Rangoon Lunatic Asylum 1878-1892 - 1878-1892
Year: 1878
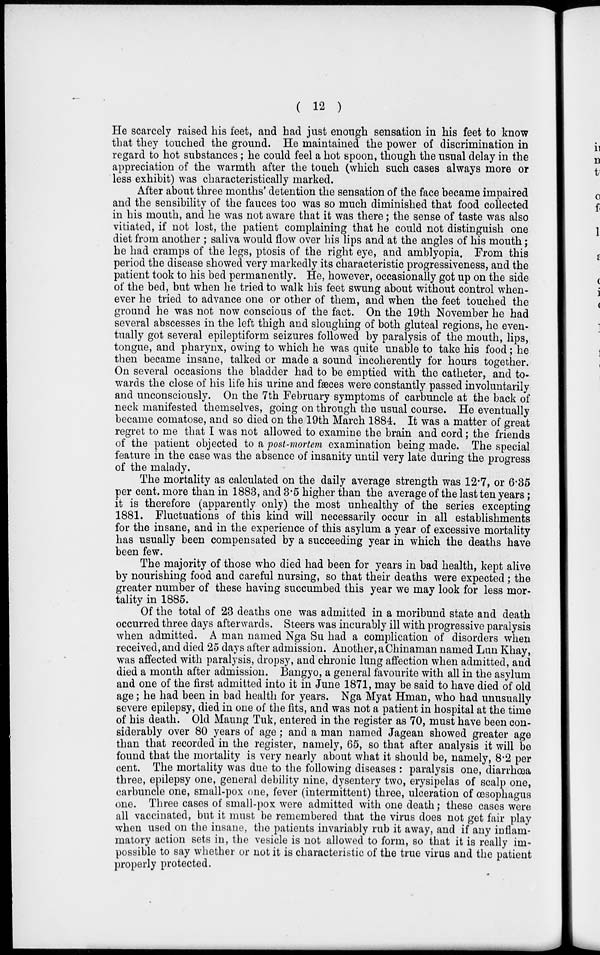
( 12 )
He scarcely raised his feet, and had just enough sensation in his feet to know
that they touched the ground. He maintained the power of discrimination in
regard to hot substances; he could feel a hot spoon, though the usual delay in the
appreciation of the warmth after the touch (which such cases always more or
less exhibit) was characteristically marked.
After about three months' detention the sensation of the face became impaired
and the sensibility of the fauces too was so much diminished that food collected
in his mouth, and he was not aware that it was there; the sense of taste was also
vitiated, if not lost, the patient complaining that he could not distinguish one
diet from another ; saliva would flow over his lips and at the angles of his mouth;
he had cramps of the legs, ptosis of the right eye, and amblyopia. From this
period the disease showed very markedly its characteristic progressiveness, and the
patient took to his bed permanently. He, however, occasionally got up on the side
of the bed, but when he tried to walk his feet swung about without control when-
ever he tried to advance one or other of them, and when the feet touched the
ground he was not now conscious of the fact. On the 19th November he had
several abscesses in the left thigh and sloughing of both gluteal regions, he even-
tually got several epileptiform seizures followed by paralysis of the mouth, lips,
tongue, and pharynx, owing to which he was quite unable to take his food; he
then became insane, talked or made a sound incoherently for hours together.
On several occasions the bladder had to be emptied with the catheter, and to-
wards the close of his life his urine and fæces were constantly passed involuntarily
and unconsciously. On the 7th February symptoms of carbuncle at the back of
neck manifested themselves, going on through the usual course. He eventually
became comatose, and so died on the 19th March 1884. It was a matter of great
regret to me that I was not allowed to examine the brain and cord; the friends
of the patient objected to a post-mortem examination being made. The special
feature in the case was the absence of insanity until very late during the progress
of the malady.
The mortality as calculated on the daily average strength was 12.7, or 6.35
per cent. more than in 1883, and 3.5 higher than the average of the last ten years;
it is therefore (apparently only) the most unhealthy of the series excepting
1881. Fluctuations of this kind will necessarily occur in all establishments
for the insane, and in the experience of this asylum a year of excessive mortality
has usually been compensated by a succeeding year in which the deaths have
been few.
The majority of those who died had been for years in bad health, kept alive
by nourishing food and careful nursing, so that their deaths were expected; the
greater number of these having succumbed this year we may look for less mor-
tality in 1885.
Of the total of 23 deaths one was admitted in a moribund state and death
occurred three days afterwards. Steers was incurably ill with progressive paralysis
when admitted. A man named Nga Su had a complication of disorders when
received, and died 25 days after admission. Another, a Chinaman named Lun Khay,
was affected with paralysis, dropsy, and chronic lung affection when admitted, and
died a month after admission. Bangyo, a general favourite with all in the asylum
and one of the first admitted into it in June 1871, may be said to have died of old
age; he had been in bad health for years. Nga Myat Hman, who had unusually
severe epilepsy, died in one of the fits, and was not a patient in hospital at the time
of his death. Old Maung Tuk, entered in the register as 70, must have been con-
siderably over 80 years of age; and a man named Jagean showed greater age
than that recorded in the register, namely, 65, so that after analysis it will be
found that the mortality is very nearly about what it should be, namely, 8.2 per
cent. The mortality was due to the following diseases : paralysis one, diarrhœa
three, epilepsy one, general debility nine, dysentery two, erysipelas of scalp one,
carbuncle one, small-pox one, fever (intermittent) three, ulceration of œsophagus
one. Three cases of small-pox were admitted with one death; these cases were
all vaccinated, but it must be remembered that the virus does not get fair play
when used on the insane, the patients invariably rub it away, and if any inflam-
matory action sets in, the vesicle is not allowed to form, so that it is really im-
possible to say whether or not it is characteristic of the true virus and the patient
properly protected.